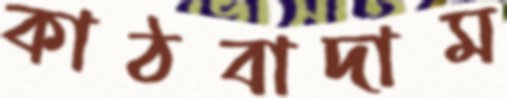
কাঠবাদাম